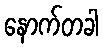
နောက်တခါ